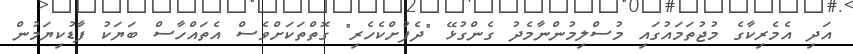
އަދި އެމެރިކާގެ މުޖުތަމައުގައި މުސްލިމުންނާމެދު ގެންގުޅޭ "ދެފުށްކެހެރި" ގޮތްތަކަށްވެސް އެތައްހާސް ބަޔަކު ފާޑުކިޔަމުން